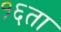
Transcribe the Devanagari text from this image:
१६ता